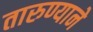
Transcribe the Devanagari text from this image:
तारुण्याने